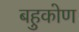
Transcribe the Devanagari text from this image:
बहुकोण